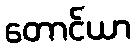
တောင်ယာ